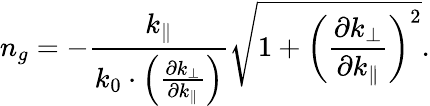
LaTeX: n_{g}=-\frac{k_{\| }}{k_{0}\cdot\left(\frac{\partial k_{\bot}}{\partial k_{\| }}\right)}\sqrt{1+\left(\frac{\partial k_{\bot}}{\partial k_{\| }}\right)^{2}}.